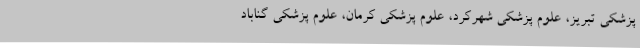
پزشکی تبریز، علوم پزشکی شهرکرد، علوم پزشکی کرمان، علوم پزشکی گناباد